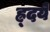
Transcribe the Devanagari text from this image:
ह्र्दये